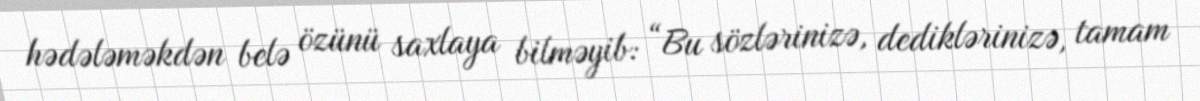
hədələməkdən belə özünü saxlaya bilməyib: “Bu sözlərinizə, dediklərinizə, tamam